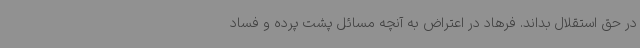
در حق استقلال بداند. فرهاد در اعتراض به آنچه مسائل پشت‌ پرده و فساد